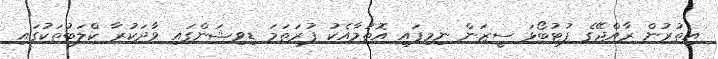
އިތުރުން ރާއްޖޭގެ ފުޓުބޯޅަ ސީޒަން ނިމިފައި އޮތުމާއެކު ފުރަތަމަ ޑިވިޝަންގައި ވާދަކުރާ ކްލަބުތަކުގައި